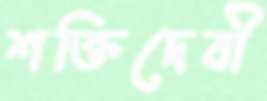
শক্তিদেবী